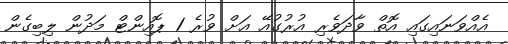
އެއްވަނައިގައި އޮތް ވާދަވެރި އުރުގުއޭ އަށް ވުރެ 1 ޕޮއިންޓް މަދުން ލިބިގެން